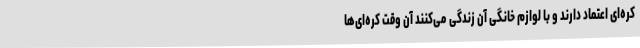
کره‌ای اعتماد دارند و با لوازم خانگی آن زندگی می‌کنند آن وقت کره‌ای‌ها